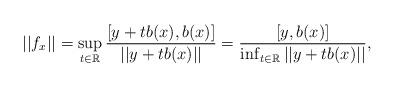
LaTeX: \begin{align*} ||f_x|| = \sup_{t\in\mathbb{R}}\frac{[y+tb(x),b(x)]}{||y+tb(x)||} = \frac{[y,b(x)]}{\inf_{t\in\mathbb{R}}||y+tb(x)||}, \end{align*}